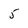
Character: 5